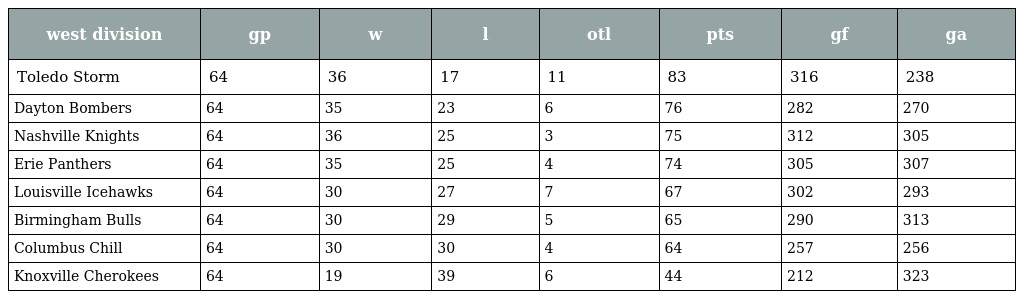
| west division | gp | w | l | otl | pts | gf | ga |
 | --- | --- | --- | --- | --- | --- | --- | --- |
 | Toledo Storm | 64 | 36 | 17 | 11 | 83 | 316 | 238 |
 | Dayton Bombers | 64 | 35 | 23 | 6 | 76 | 282 | 270 |
 | Nashville Knights | 64 | 36 | 25 | 3 | 75 | 312 | 305 |
 | Erie Panthers | 64 | 35 | 25 | 4 | 74 | 305 | 307 |
 | Louisville Icehawks | 64 | 30 | 27 | 7 | 67 | 302 | 293 |
 | Birmingham Bulls | 64 | 30 | 29 | 5 | 65 | 290 | 313 |
 | Columbus Chill | 64 | 30 | 30 | 4 | 64 | 257 | 256 |
 | Knoxville Cherokees | 64 | 19 | 39 | 6 | 44 | 212 | 323 |